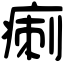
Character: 𤷫